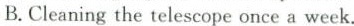
B.Cleaning the telescope once a week.